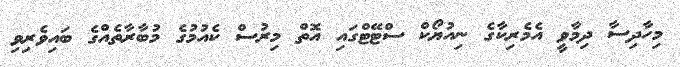
މިހާދިސާ ދިމާވީ އެމެރިކާގެ ނިއުޔޯކް ސްޓޭޓްގައި އޮތް މިރުސް ކެއުމުގެ މުބާރާތެއްގެ ބައިވެރިވި